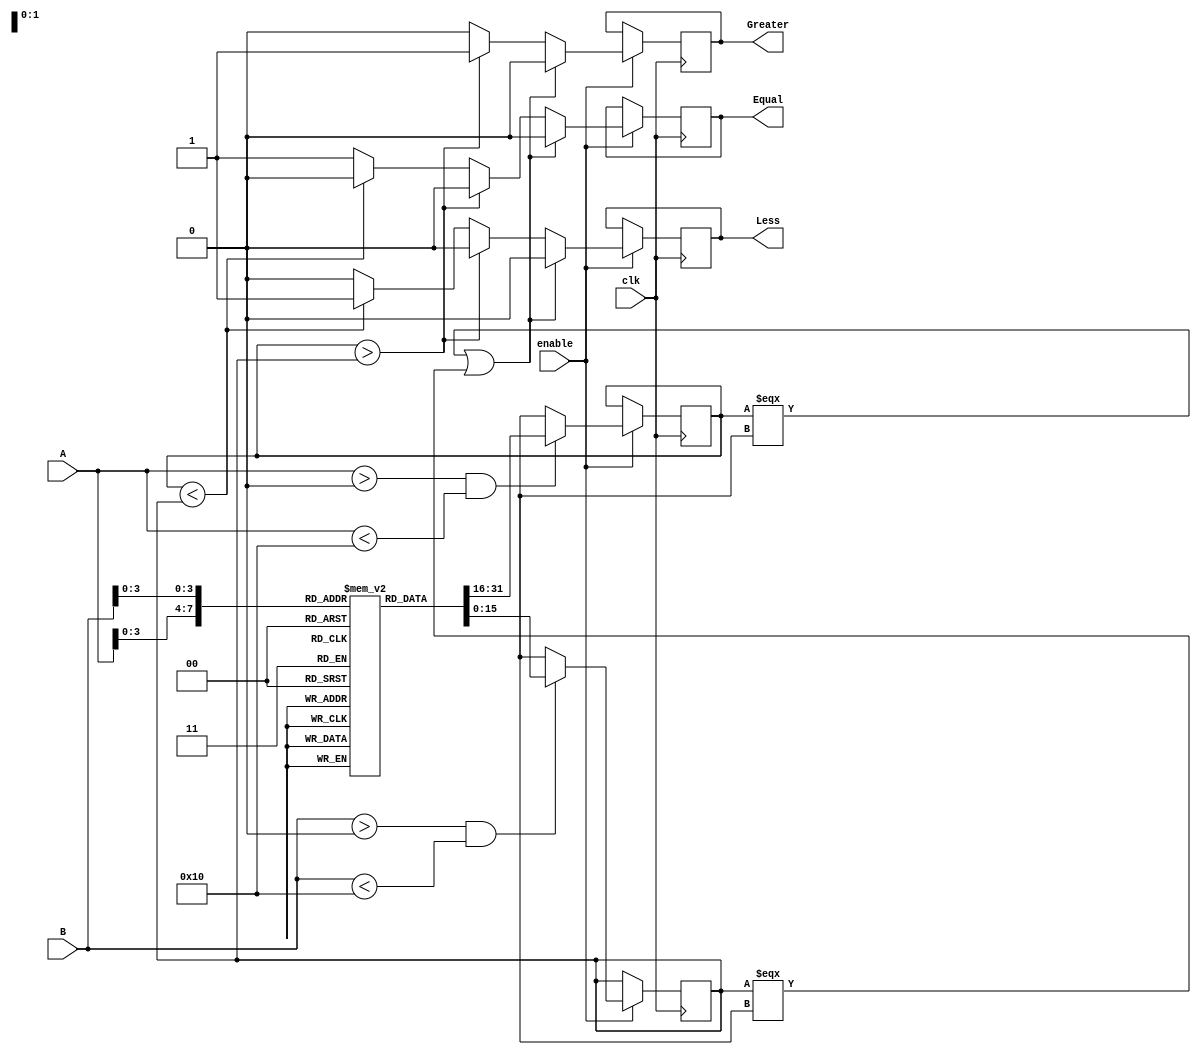
module LogarithmicComparator (
    input wire [15:0] A,           // 16-bit input A
    input wire [15:0] B,           // 16-bit input B
    input wire clk,                // Clock signal
    input wire enable,             // Enable signal
    output reg Greater,            // A > B
    output reg Less,               // A < B
    output reg Equal               // A == B
);

// Logarithmic LUT (for example, using 16 entries for simplicity)
reg [15:0] log_lut [0:15]; // Lookup Table for log2(x)
initial begin
    log_lut[0] = 16'b0;      // log2(1) = 0
    log_lut[1] = 16'b0;      // log2(1) = 0
    log_lut[2] = 16'b1;      // log2(2) = 1
    log_lut[3] = 16'b10;     // log2(3) ~ 1.58496
    log_lut[4] = 16'b11;     // log2(4) = 2
    log_lut[5] = 16'b100;    // log2(5) ~ 2.32193
    log_lut[6] = 16'b101;    // log2(6) ~ 2.58496
    log_lut[7] = 16'b110;    // log2(7) ~ 2.80735
    log_lut[8] = 16'b111;    // log2(8) = 3
    log_lut[9] = 16'b1000;   // log2(9) ~ 3.16993
    log_lut[10] = 16'b1001;  // log2(10) ~ 3.32193
    log_lut[11] = 16'b1010;  // log2(11) ~ 3.45943
    log_lut[12] = 16'b1011;  // log2(12) ~ 3.58496
    log_lut[13] = 16'b1100;  // log2(13) ~ 3.70044
    log_lut[14] = 16'b1101;  // log2(14) ~ 3.80735
    log_lut[15] = 16'b1110;  // log2(15) ~ 3.90689
end

// Internal signals for logarithmic values
reg [15:0] logA;
reg [15:0] logB;

// Logarithmic transformation
always @(posedge clk) begin
    if (enable) begin
        if (A > 0 && A < 16) // Ensure input is within range for LUT
            logA <= log_lut[A];
        else
            logA <= 16'bx; // Undefined for non-positive values

        if (B > 0 && B < 16) // Ensure input is within range for LUT
            logB <= log_lut[B];
        else
            logB <= 16'bx; // Undefined for non-positive values
    end
end

// Comparison logic
always @(posedge clk) begin
    if (enable) begin
        if (logA === 16'bx || logB === 16'bx) begin
            Greater <= 1'b0;
            Less <= 1'b0;
            Equal <= 1'b0; // Handle undefined case
        end else if (logA > logB) begin
            Greater <= 1'b1;
            Less <= 1'b0;
            Equal <= 1'b0;
        end else if (logA < logB) begin
            Greater <= 1'b0;
            Less <= 1'b1;
            Equal <= 1'b0;
        end else begin
            Greater <= 1'b0;
            Less <= 1'b0;
            Equal <= 1'b1;
        end
    end
end

endmodule